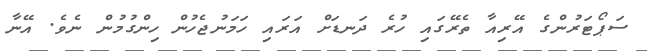
ސަޕޯޓަރުންގެ އޭރިއާ ތެރޭގައި ހުރެ ދަނޑަށް އަރައި ހަމަނުޖެހުން ހިންގުމުން ނެވެ. އޭނާ